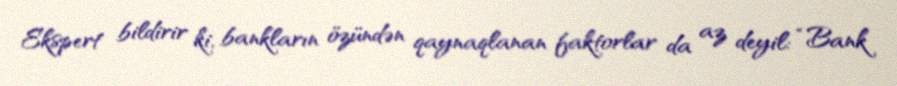
Ekspert bildirir ki, bankların özündən qaynaqlanan faktorlar da az deyil: “Bank